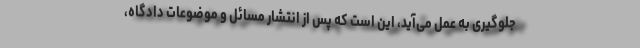
جلوگیری به عمل می‌آید، این است كه پس از انتشار مسائل و موضوعات دادگاه،